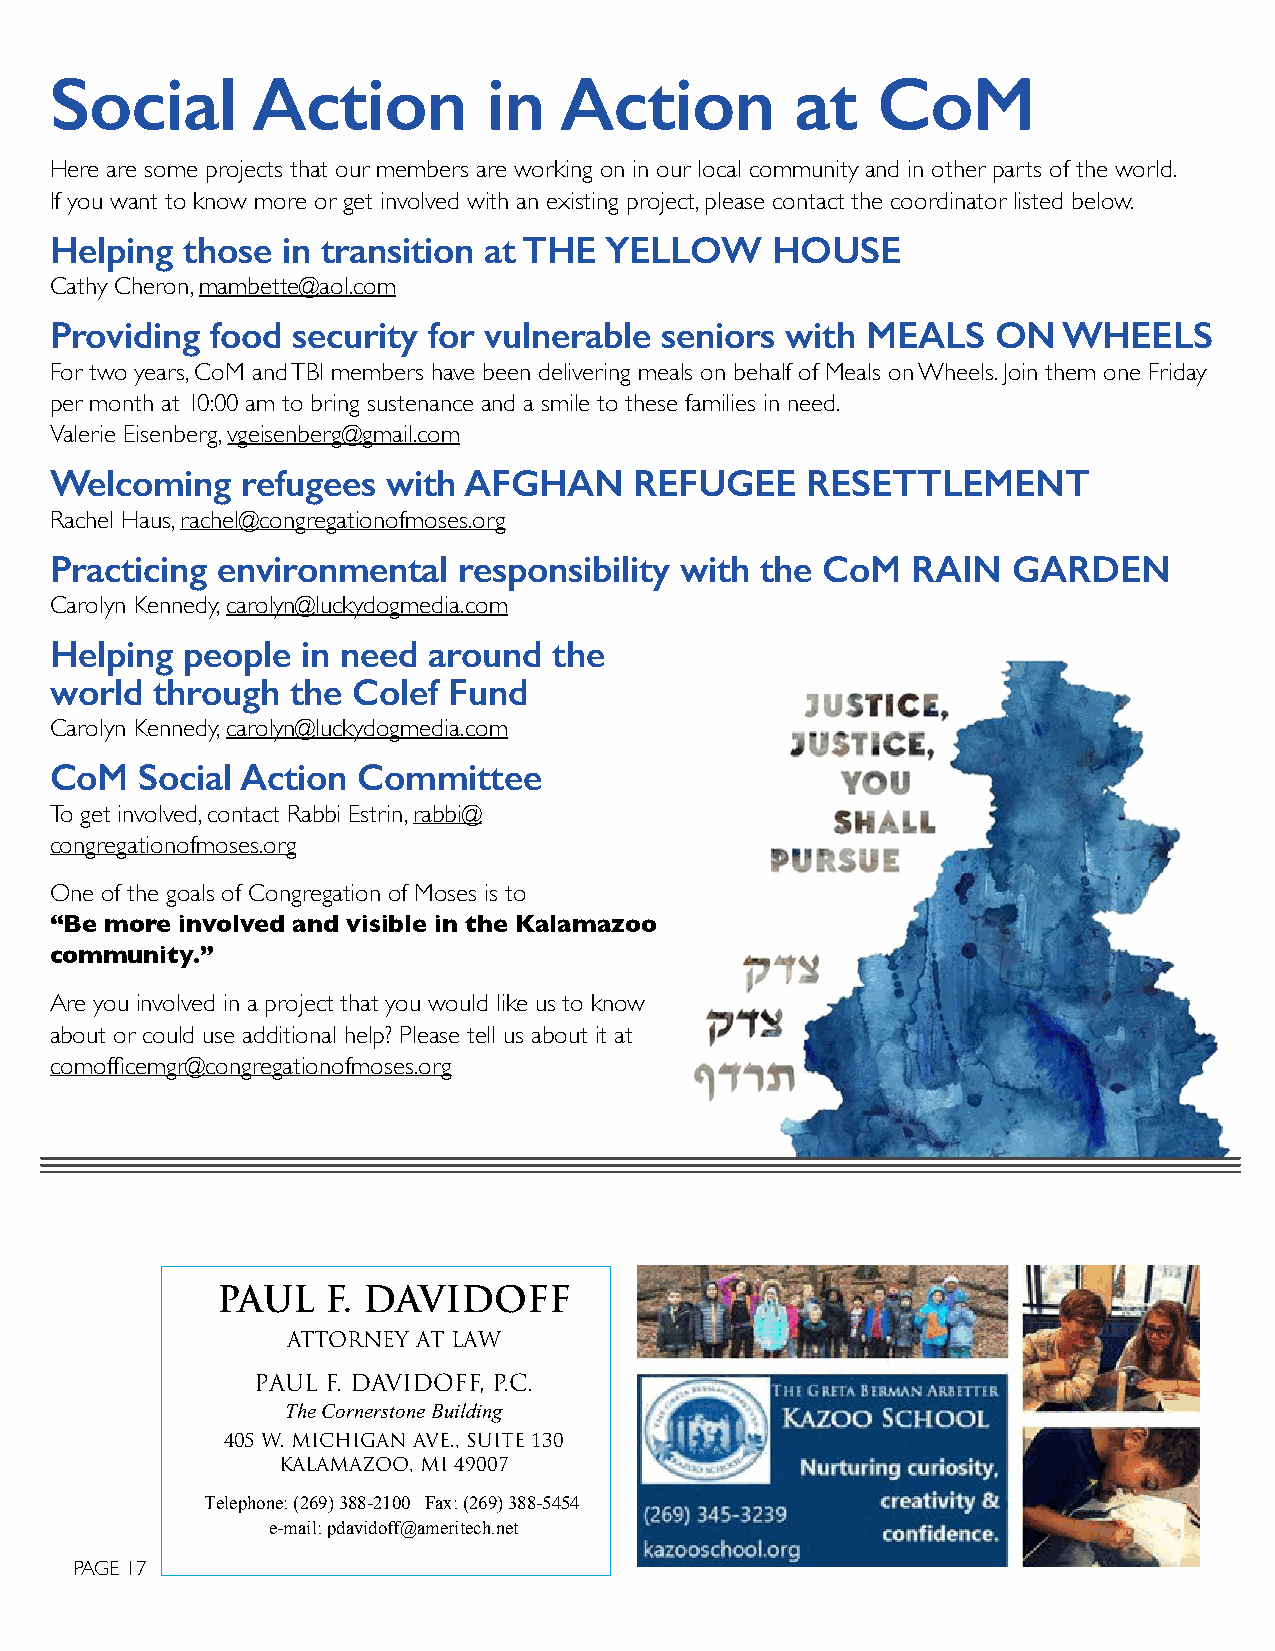
Social        Action         in   Action          at   CoM
 Here are some projects that our members are working on in our local community and in other parts of the world.
 If you want to know more or get involved with an existing project, please contact the coordinator listed below.
 Helping  those  in transition at THE YELLOW     HOUSE
 Cathy Cheron, mambette@aol.com
 Providing  food security for vulnerable  seniors with MEALS    ON  WHEELS
 For two years, CoM and TBI members have been delivering meals on behalf of Meals on Wheels. Join them one Friday
 per month at 10:00 am to bring sustenance and a smile to these families in need.
 Valerie Eisenberg, vgeisenberg@gmail.com
 Welcoming    refugees  with AFGHAN     REFUGEE    RESETTLEMENT
 Rachel Haus, rachel@congregationofmoses.org
 Practicing environmental   responsibility with the CoM   RAIN   GARDEN
 Carolyn Kennedy, carolyn@luckydogmedia.com
 Helping  people  in need around   the
 world  through  the Colef  Fund
 Carolyn Kennedy, carolyn@luckydogmedia.com
 CoM   Social Action  Committee
 To get involved, contact Rabbi Estrin, rabbi@
 congregationofmoses.org
 One of the goals of Congregation of Moses is to
 “Be more involved and visible in the Kalamazoo
 community.”
 Are you involved in a project that you would like us to know
 about or could use additional help? Please tell us about it at
 comofficemgr@congregationofmoses.org
 PAUL    F. DAVIDOFF
 ATTORNEY AT LAW
 PAUL F. DAVIDOFF, P.C.
 The Cornerstone Building
 405 W. MICHIGAN AVE., SUITE 130
 KALAMAZOO, MI 49007
 Telephone: (269) 388-2100 Fax: (269) 388-5454
 e-mail: pdavidoff@ameritech.net
 PAGE 17